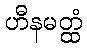
ဟီနမတ္ထံ